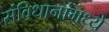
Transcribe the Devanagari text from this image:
संविधानांमध्ये